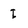
Character: I